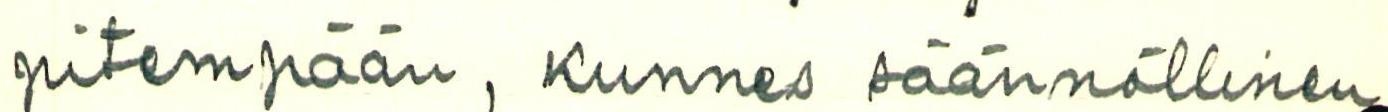
pitempään, Kunnes säännöllinen